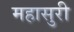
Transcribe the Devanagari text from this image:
महासुरी